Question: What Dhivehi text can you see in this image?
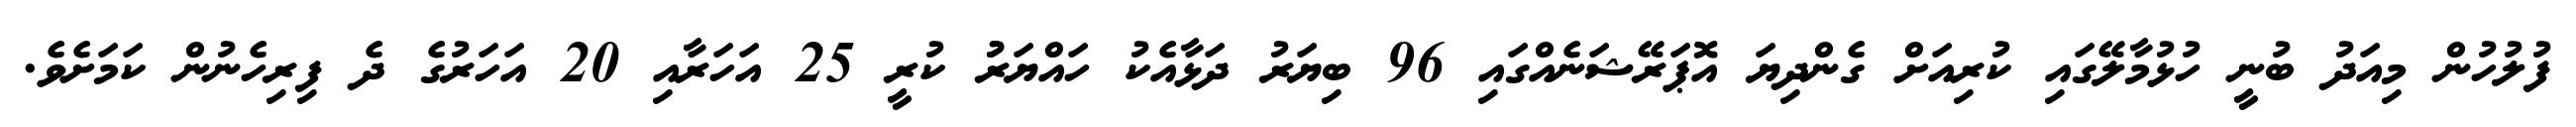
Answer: ފުލުހުން މިއަދު ބުނީ ހުޅުމާލޭގައި ކުރިއަށް ގެންދިޔަ އޮޕަރޭޝަނެއްގައި 96 ބިޔަރު ދަޅާއެކު ހައްޔަރުު ކުރީ 25 އަހަރާއި 20 އަހަރުގެ ދެ ފިރިހެނުން ކަމަށެވެ.